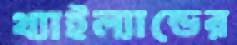
থ্যাইল্যান্ডের